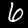
Digit: 6